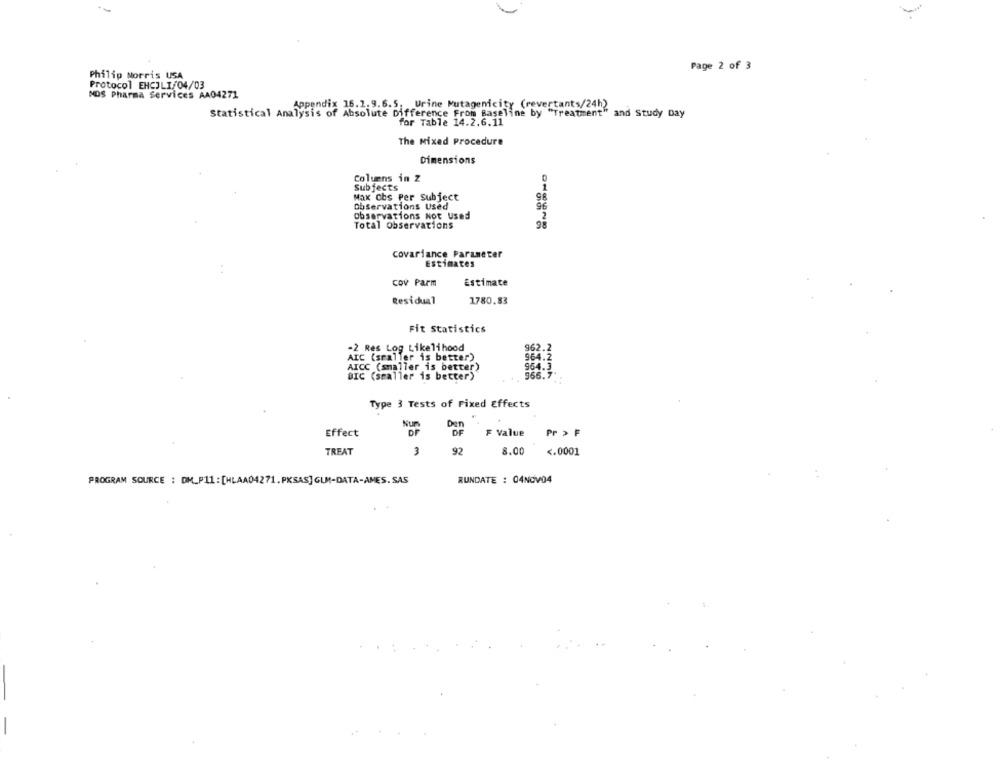
Page 2 of 3
Philip Morris USA
Protocol EHCILI/04/03
NDS Pharma Services AA04271
Appendix 16.1.9.6.5. Urine Mutagenicity (revertants/24h)
Statistical Analysis of Absolute Difference From Baseline by "Treatment" and Study Day
for Table 14.2.6.11
The Mixed Procedure
Dimensions
Columns in Z
Subjects
Max ohs Per Subject
Observations Used
96
observations Not Used
2
Total Observations
covariance Parameter
Estimates
Cov Parm
Estimate
Residual
1780.83
Fit Statistics
-2 Res Log Likelihood
962.
AIC (sraller is better)
AICC (smaller is better)
966
BIC (smaller is better)
Type 3 Tests of Fixed Effects
Nums
Den
Effect
F Value
Pr > F
92
TREAT
3
8.00
<. 0001
PROGRAM SOURCE : DM_P11:[HLAA04271.PKSAS]GLM-DATA-AMES. SAS
RUNDATE : 04NOV04